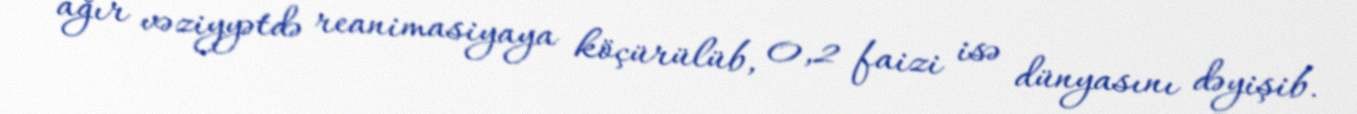
ağır vəziyyətdə reanimasiyaya köçürülüb, 0,2 faizi isə dünyasını dəyişib.